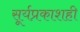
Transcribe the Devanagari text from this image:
सूर्यप्रकाशही